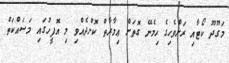
މަގޫދޫ ކޯޓާއި ރަށްވެހިގެ ހިމެނޭ ގޮތަށް ޢިމާރާތް ކޮށްދެއްވި މި އޮފީހުގައި މަސައްކަތް